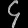
Digit: ၄